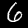
Label: 6